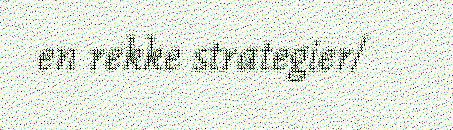
en rekke strategier/